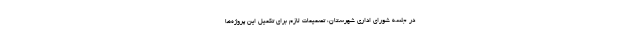
در جلسه شورای اداری شهرستان، تصمیمات لازم برای تکمیل این پروژه‌ها